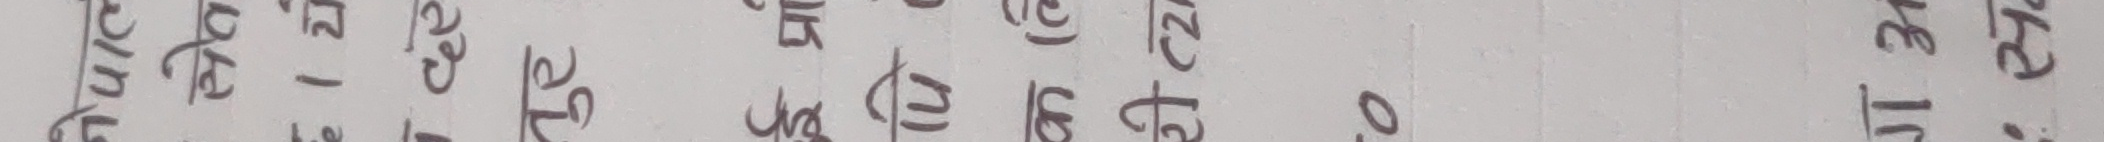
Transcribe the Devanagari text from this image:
भविजिदहे
-१ केले
चनेरछ
पयेकक
नेकेले०
रकपइ
चनेरछ
ते१३के